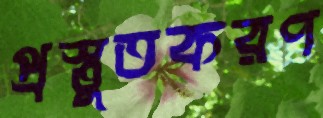
প্রস্তুতকরণ